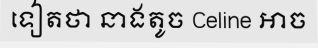
ទៀតថា នាងតូច Celine អាច